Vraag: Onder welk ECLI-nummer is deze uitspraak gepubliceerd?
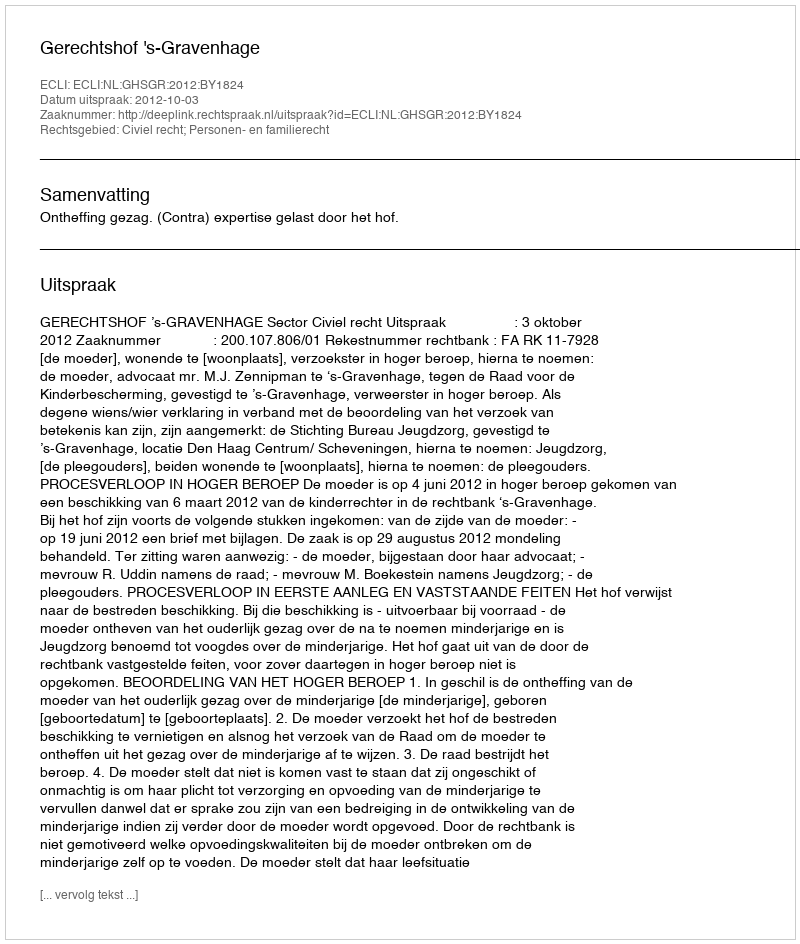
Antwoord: ECLI:NL:GHSGR:2012:BY1824